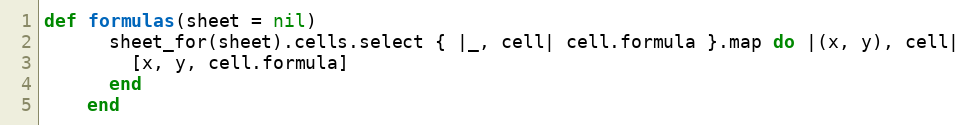
Language: Ruby
def formulas(sheet = nil)
      sheet_for(sheet).cells.select { |_, cell| cell.formula }.map do |(x, y), cell|
        [x, y, cell.formula]
      end
    end